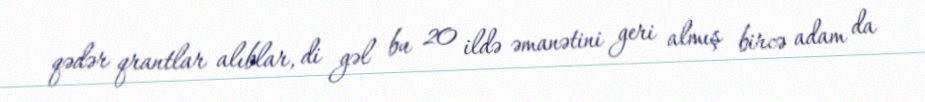
qədər qrantlar alıblar, di gəl bu 20 ildə əmanətini geri almış bircə adam da